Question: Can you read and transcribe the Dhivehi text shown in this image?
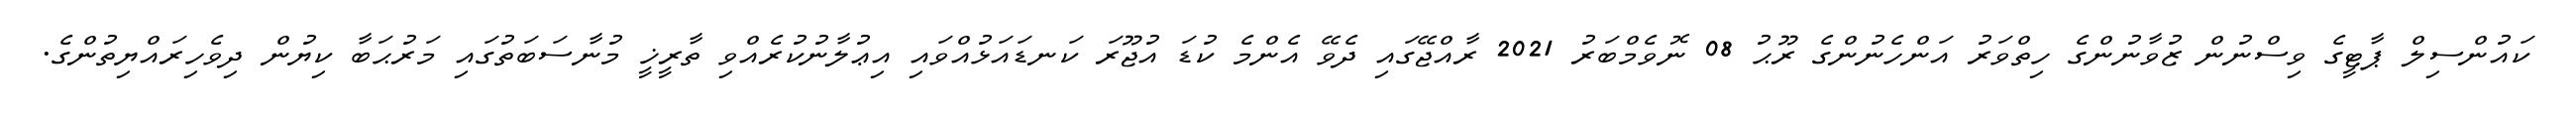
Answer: ކައުންސިލް ޕާޓީގެ ވިސްނުން ޒުވާނުންގެ ހިތްވަރު އަންހެނުންގެ ރޫޙު 08 ނޮވެމްބަރު 2021 ރާއްޖޭގައި ދެވޭ އެންމެ ކުޑަ އުޖޫރަ ކަނޑައަޅުއްވައި އިޢުލާނުކުރެއްވި ތާރީޚީ މުނާސަބަތުގައި މަރުޙަބާ ކިޔުން ދިވެހިރައްޔިތުންގެ.